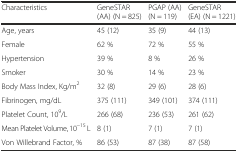
<table><thead><tr><td><b>Characteristics</b></td><td><b>GeneSTAR (AA) (N = 825)</b></td><td><b>PGAP (AA)(N = 119)</b></td><td><b>GeneSTAR (EA) (N = 1221)</b></td></tr></thead><tbody><tr><td>Age, years</td><td>45 (12)</td><td>35 (9)</td><td>44 (13)</td></tr><tr><td>Female</td><td>62 %</td><td>72 %</td><td>55 %</td></tr><tr><td>Hypertension</td><td>39 %</td><td>8 %</td><td>26 %</td></tr><tr><td>Smoker</td><td>30 %</td><td>14 %</td><td>23 %</td></tr><tr><td>Body Mass Index, Kg/m<sup>2</sup></td><td>32 (8)</td><td>29 (6)</td><td>28 (6)</td></tr><tr><td>Fibrinogen, mg/dL</td><td>375 (111)</td><td>349 (101)</td><td>374 (111)</td></tr><tr><td>Platelet Count, 10<sup>9</sup>/L</td><td>266 (68)</td><td>236 (53)</td><td>261 (62)</td></tr><tr><td>Mean Platelet Volume, 10<sup>−15</sup> L</td><td>8 (1)</td><td>7 (1)</td><td>7 (1)</td></tr><tr><td>Von Willebrand Factor, %</td><td>86 (53)</td><td>87 (38)</td><td>87 (58)</td></tr></tbody></table>